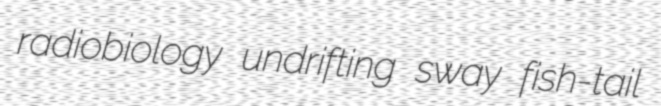
radiobiology undrifting sway fish-tail